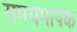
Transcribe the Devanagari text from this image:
समयमापक